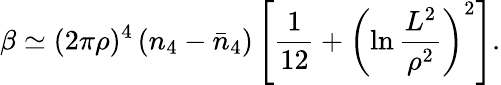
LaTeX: \beta\simeq(2\pi\rho)^{4}\left(n_{4}-\bar{n}_{4}\right)\left[\frac{1}{12}+\left(\ln\frac{L^{2}}{\rho^{2}}\right)^{2}\right].